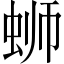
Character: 蛳